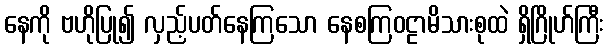
နေကို ဗဟိုပြု၍ လှည့်ပတ်နေကြသော နေစကြဝဠာမိသားစုထဲ ရှိဂြိုဟ်ကြီး